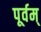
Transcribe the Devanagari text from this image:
पूर्वम्